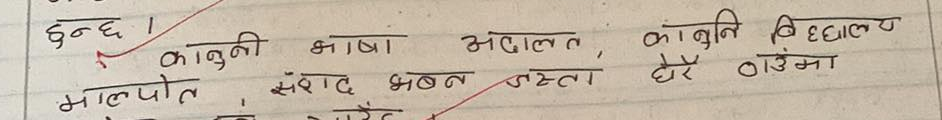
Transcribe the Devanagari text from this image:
हुन्छ। कानुनी
कानूनी भाषा
मालपोत
अदालत, कानुनि विद्यालय
संराद भवन जस्ता धेरै ठाउँमा